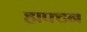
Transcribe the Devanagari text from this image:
हाफ्टन